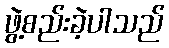
ဖွဲ့စည်းခဲ့ပါသည်